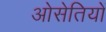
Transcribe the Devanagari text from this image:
ओसेतियों